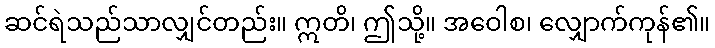
ဆင်ရဲသည်သာလျှင်တည်း။ ဣတိ၊ ဤသို့။ အဝေါစ၊ လျှောက်ကုန်၏။